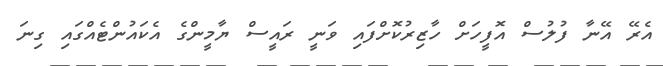
އެރޭ އޭނާ ފުލުސް އޮފީހަށް ހާޒިރުކޮށްފައި ވަނީ ރައީސް ޔާމީންގެ އެކައުންޓެއްގައި ގިނަ